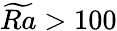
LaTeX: \widetilde{Ra}>100